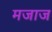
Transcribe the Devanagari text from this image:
मजाज